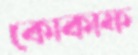
কোকাফ